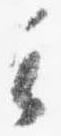
云